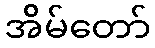
အိမ်တော်